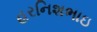
હરનિશભાઇ